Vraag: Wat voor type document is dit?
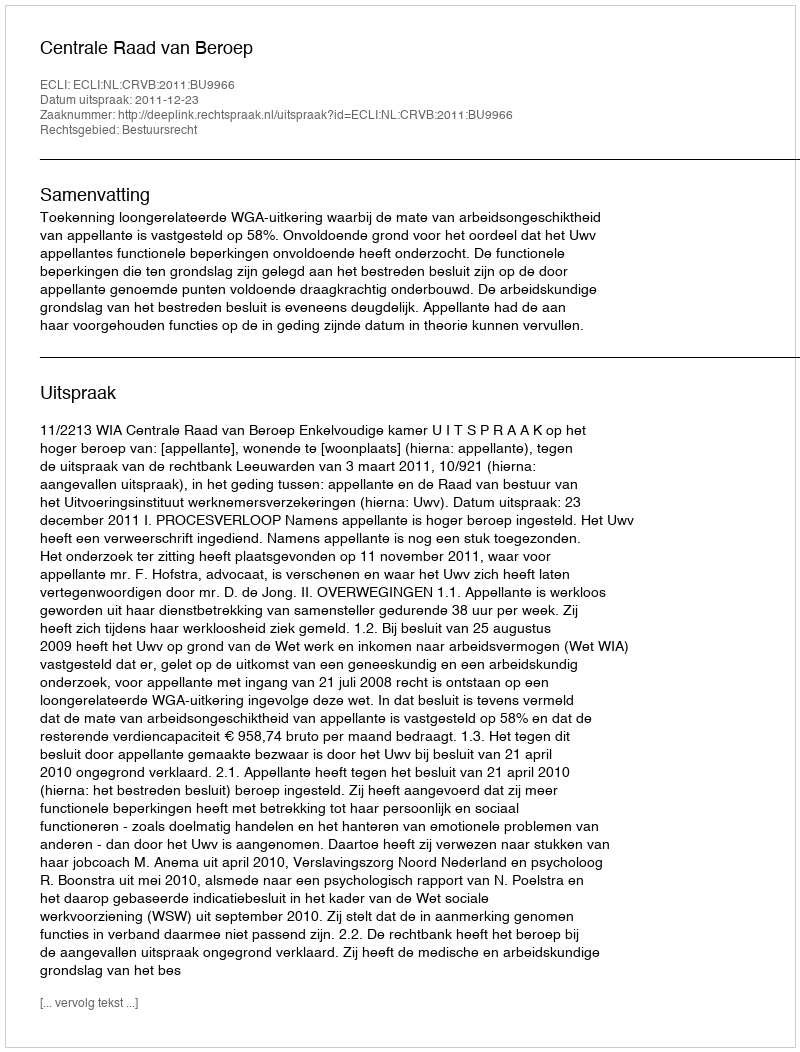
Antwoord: Uitspraak